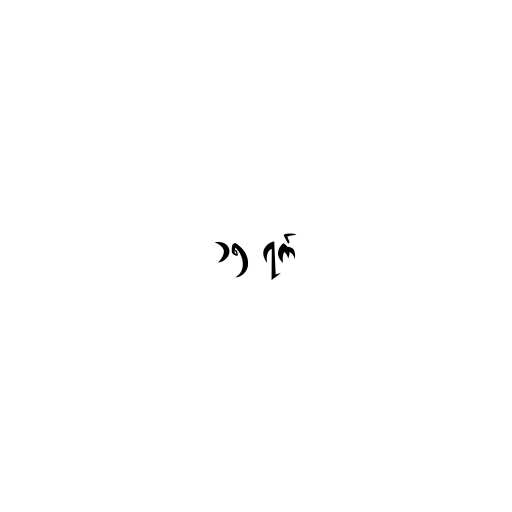
၁၅ ရက်